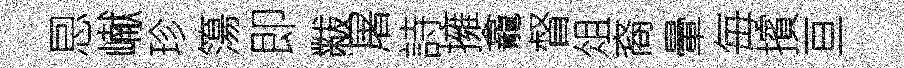
㤙𪩘珍簜即黻屠詩擁龕督俎裔暈毎擯亘